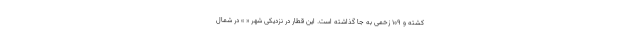
کشته و ۱۰۹ زخمی به جا گذاشته است. این قطار در نزدیکی شهر « » در شمال